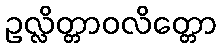
ဥလ္လိတ္တာဝလိတ္တော